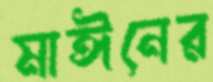
মাঈনের